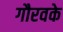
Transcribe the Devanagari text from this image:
गौरवके